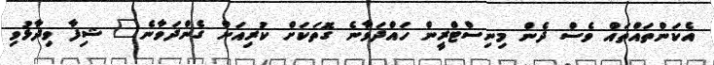
އެކަންތައްތައް ވެސް ދެން މިނިސްޓްރީން ހައްދަވާނެ ގޮތަކަށް ކުރިއަށް ގެންދަވާނެ" ޝިފާ ވިދާޅުވި